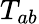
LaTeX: T_{ab}